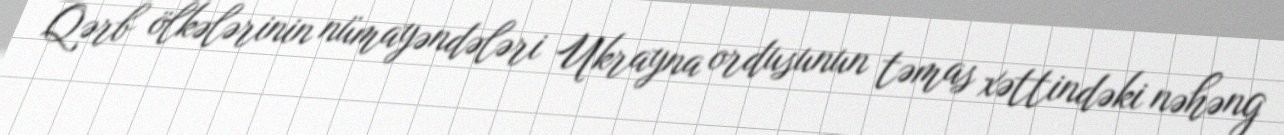
Qərb ölkələrinin nümayəndələri Ukrayna ordusunun təmas xəttindəki nəhəng